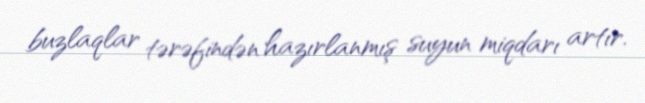
buzlaqlar tərəfindən hazırlanmış suyun miqdarı artır.